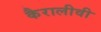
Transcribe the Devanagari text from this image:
कैरालीवी